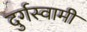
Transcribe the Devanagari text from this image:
दुर्गस्वामी